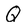
Character: Q